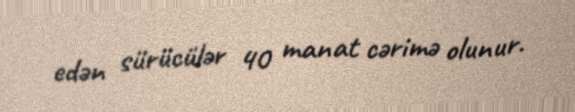
edən sürücülər 40 manat cərimə olunur.